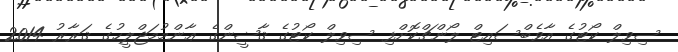
ސިވިލް ކޯޓުގެ އާވެބްސައިޓް ލޯންޗްކޮށްފި ސިވިލް ކޯޓުގެ ޤާޟީންގެ ޢާންމުމަޖްލީހުގެ ޤަރާރު 2014